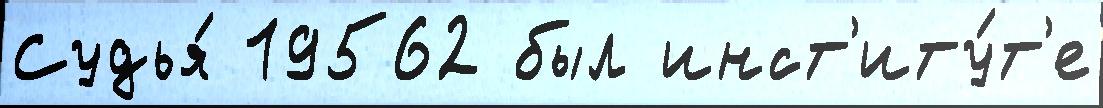
Судья́ 19562 был инст'иту́т'е